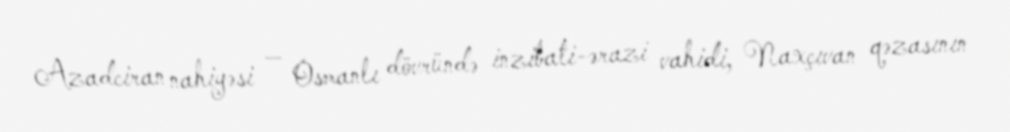
Azadciran nahiyəsi — Osmanlı dövründə inzibati-ərazi vahidi, Naxçıvan qəzasının